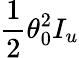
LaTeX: \frac{1}{2}\theta_{0}^{2}I_{u}